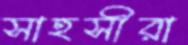
সাহসীরা